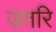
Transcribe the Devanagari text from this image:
उतरि